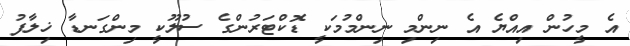
އެ މީހުން އިއްޔެ އެ ނިންމި ނިންމުމަކީ ޑޮކްޓަރުންގެ ސުލޫކީ މިންގަނޑާ ޚިލާފު